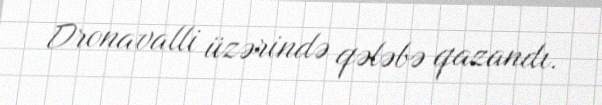
Dronavalli üzərində qələbə qazandı.